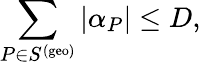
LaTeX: \sum_{P\in S^{\mathrm{(geo)}}}|\alpha_{P}|\leq D,